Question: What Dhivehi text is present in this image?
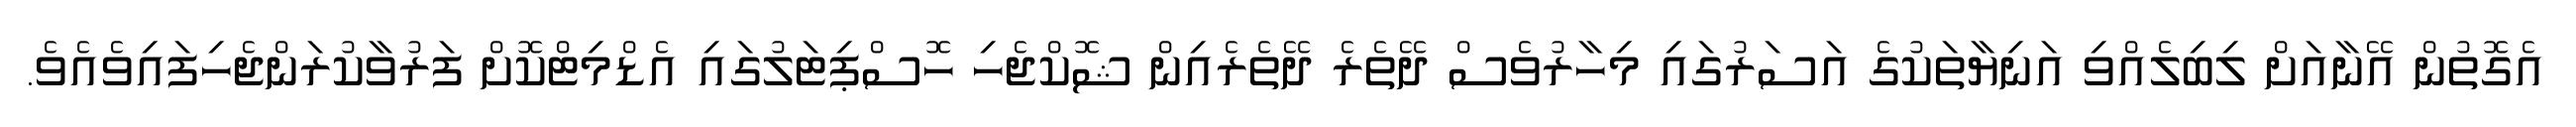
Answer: އެގޮތުން އޭނާއަށް ލިބިލެއްވި އަނިޔާތަކުގެ އަސަރުގައި މިހާރުވެސް ދޭތެރެ ދޭތެރެއިން ޝޮކްޖެހި ހޮސްޕިޓަލުގައި އެޑްމިޓްކޮށް ފަރުވާކުރަންޖެހިފައިވެއެވެ.